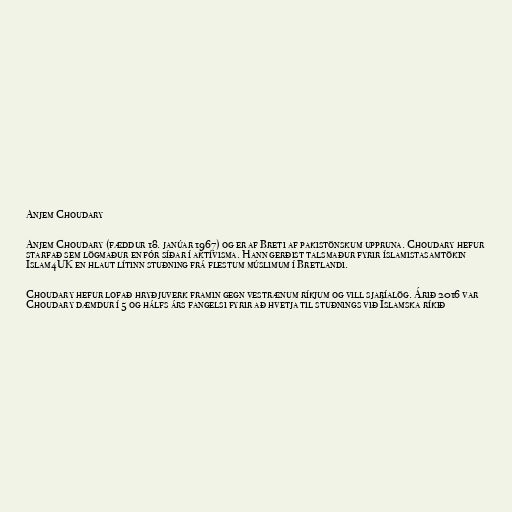
Anjem Choudary

Anjem Choudary (fæddur 18. janúar 1967) og er af Breti af pakistönskum uppruna. Choudary hefur
starfað sem lögmaður en fór síðar í aktívisma. Hann gerðist talsmaður fyrir íslamistasamtökin
Islam4UK en hlaut lítinn stuðning frá flestum múslimum í Bretlandi.

Choudary hefur lofað hryðjuverk framin gegn vestrænum ríkjum og vill sjaríalög. Árið 2016 var
Choudary dæmdur í 5 og hálfs árs fangelsi fyrir að hvetja til stuðnings við Íslamska ríkið